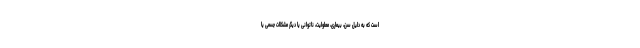
است که به دلیل سن، بیماری، معلولیت، ناتوانی یا دیگر مشکلات جسمی یا